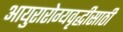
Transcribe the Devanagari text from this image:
आयुरारोग्यवृद्धीसाठी